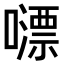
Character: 𡁼